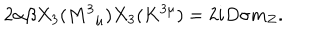
LaTeX: 2 \alpha \beta X _ { 3 } ( M ^ { 3 } { } _ { \mu } ) X _ { 3 } ( K ^ { 3 \mu } ) = 2 i D \sigma m _ { Z } .